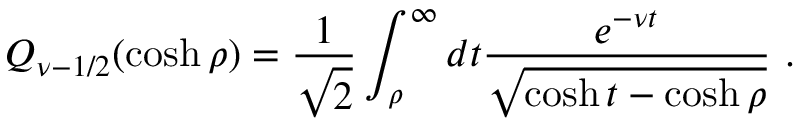
Q _ { \nu - 1 / 2 } ( \cosh \rho ) = \frac { 1 } { \sqrt { 2 } } \int _ { \rho } ^ { \infty } d t \frac { e ^ { - \nu t } } { \sqrt { \cosh t - \cosh \rho } } \ .